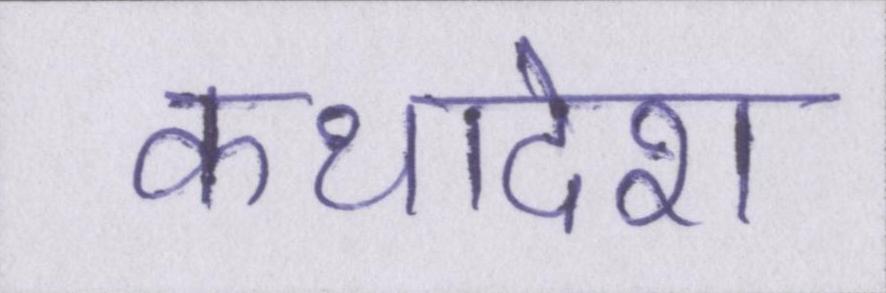
कथादेश